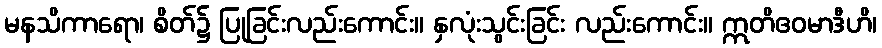
မနသိကာရော၊ စိတ်၌ ပြုခြင်းလည်းကောင်း။ နှလုံးသွင်းခြင်း လည်းကောင်း။ ဣတိဧဝမာဒီဟိ၊